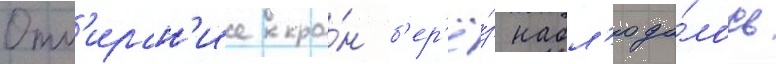
Отм'иран'ие кро́н б'ер'ё́з набл'юда́лось